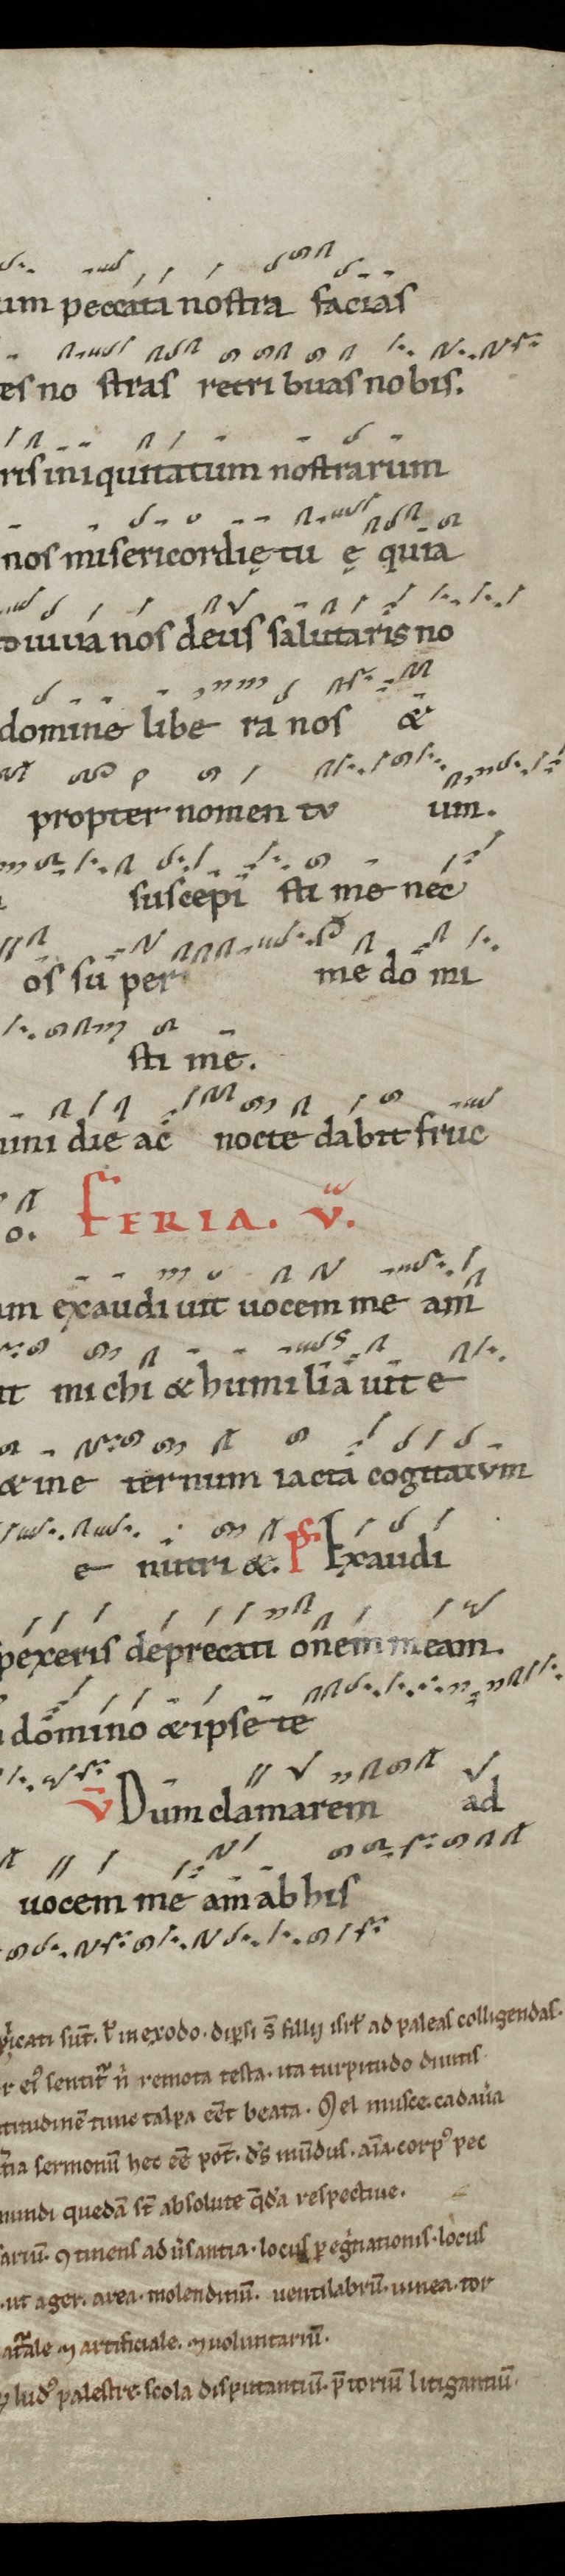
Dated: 1100–1199